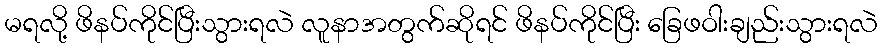
မရလို့ ဖိနပ်ကိုင်ပြီးသွားရလဲ လူနာအတွက်ဆိုရင် ဖိနပ်ကိုင်ပြီး ခြေဖဝါးချည်းသွားရလဲ